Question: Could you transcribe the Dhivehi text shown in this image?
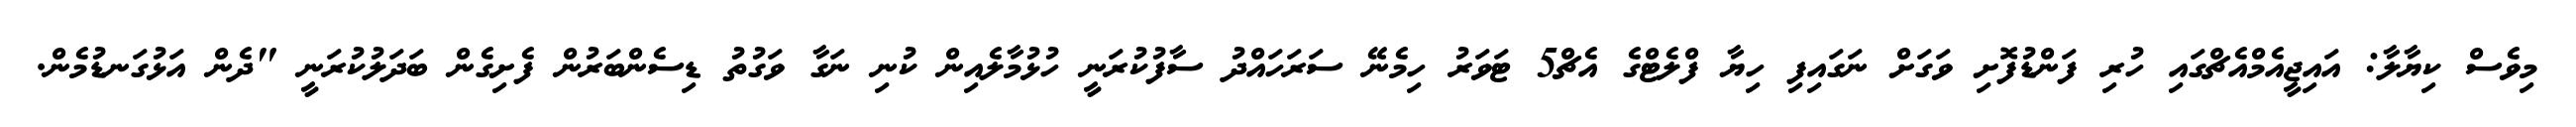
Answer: މިވެސް ކިޔާލާ: އައިޖީއެމްއެޗްގައި ހުރި ފަންޑުފޮށި ވަގަށް ނަގައިފި ހިޔާ ފްލެޓްގެ އެޗް5 ޓަވަރު ހިމެނޭ ސަރަހައްދު ސާފުކުރަނީ ހުޅުމާލެއިން ކުނި ނަގާ ވަގުތު ޑިސެންބަރުން ފެށިގެން ބަދަލުކުރަނީ "ދެން އަޅުގަނޑުމެން.